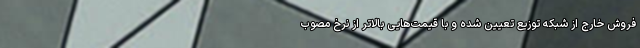
فروش خارج از شبکه توزیع تعیین شده و با قیمت‌هایی بالاتر از نرخ مصوب